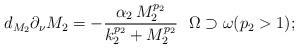
LaTeX: \begin{align*}d_{M_2} \partial_{\nu} M_2 = - \frac{\alpha_2 \, M_2^{p_2}}{k^{p_2}_2 + M_2^{p_2}} \ \ \Omega \supset \omega (p_2 > 1);\end{align*}